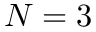
N = 3